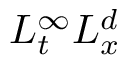
L _ { t } ^ { \infty } L _ { x } ^ { d }